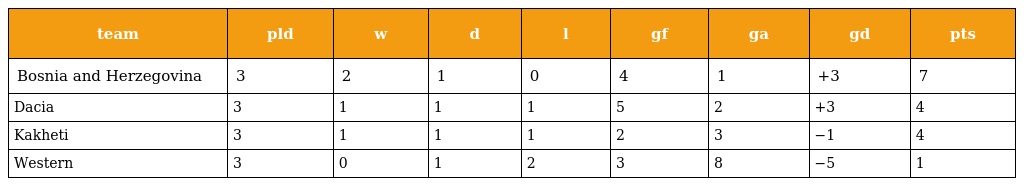
| team | pld | w | d | l | gf | ga | gd | pts |
 | --- | --- | --- | --- | --- | --- | --- | --- | --- |
 | Bosnia and Herzegovina | 3 | 2 | 1 | 0 | 4 | 1 | +3 | 7 |
 | Dacia | 3 | 1 | 1 | 1 | 5 | 2 | +3 | 4 |
 | Kakheti | 3 | 1 | 1 | 1 | 2 | 3 | −1 | 4 |
 | Western | 3 | 0 | 1 | 2 | 3 | 8 | −5 | 1 |